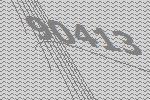
90413